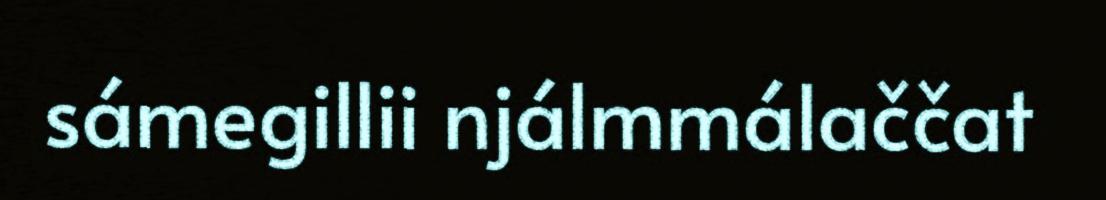
sámegillii njálmmálaččat